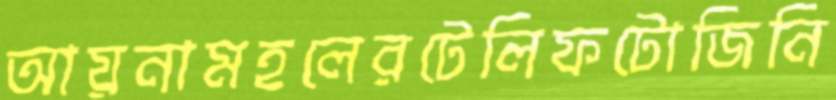
আয়নামহলেরটেলিফটোজিনি